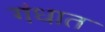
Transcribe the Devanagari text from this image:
गंधात